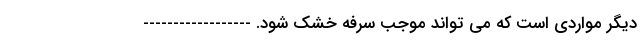
دیگر مواردی است که می تواند موجب سرفه خشک شود. ------------------